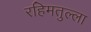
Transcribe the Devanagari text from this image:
रहिमतुल्ला